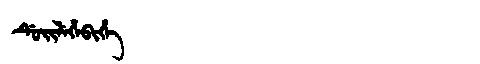
Manchu: ᡩᡠᡳᠯᡝᡥᡝᠪᡳᡥᡝ
Romanization: DUILEHEBIHE